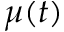
\mu ( t )